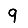
Digit: 9